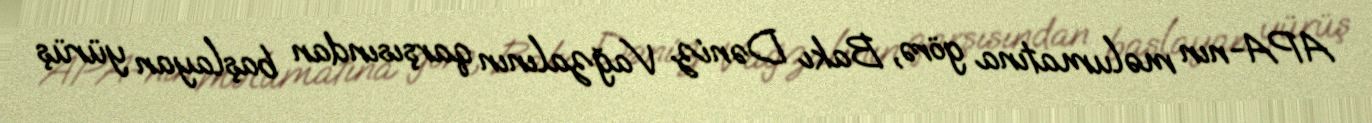
APA-nın məlumatına görə, Bakı Dəniz Vağzalının qarşısından başlayan yürüş